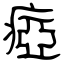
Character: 瘂